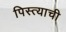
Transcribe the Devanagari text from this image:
पिस्त्याची